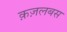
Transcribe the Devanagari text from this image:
क़ज़लबस